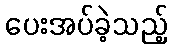
ပေးအပ်ခဲ့သည့်